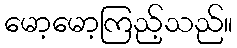
မော့မော့ကြည့်သည်။